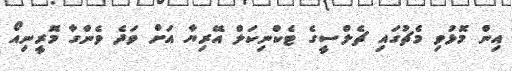
އިން މޮޅުވި މެޗުގައި ޗެލްސީގެ ޓެކްނިކަލް އޭރިޔާ އަށް ވަދެ ވެންގާ މޮރީނިއޯ